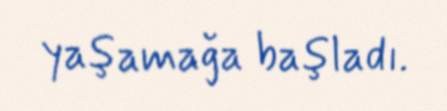
yaşamağa başladı.